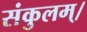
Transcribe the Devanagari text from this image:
संकुलम्‌।